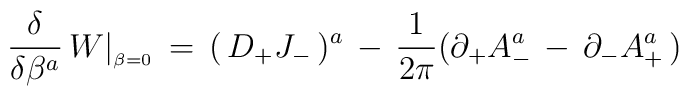
{\delta \over \delta \beta^a} \,W\vert_{_{\beta = 0}}\,=\,(\,D_+ J_-\,)^a \,-\,{1\over 2\pi} (\partial_+ A_-^a \,-\, \partial_- A_+^a \,)